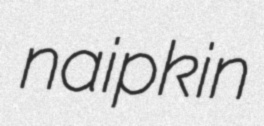
naipkin